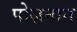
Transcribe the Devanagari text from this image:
पोज़नान